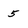
Character: 5